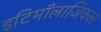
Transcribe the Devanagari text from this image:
इटिमाँलाजिकल